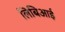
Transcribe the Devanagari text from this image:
लिबिआई